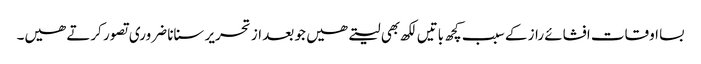
بسا اوقات افشائے راز کے سبب کچھ باتیں لکھ بھی لیتے ھیں جو بعد از تحریر سنانا ضروری تصور کرتے ھیں۔